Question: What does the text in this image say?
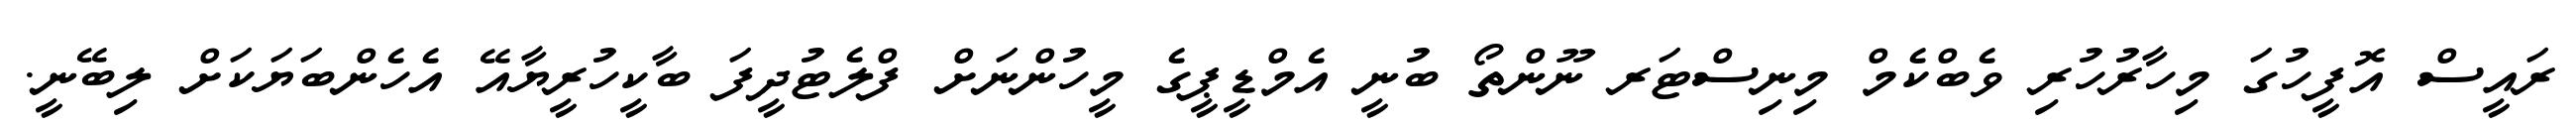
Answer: ރައީސް އޮފީހުގަ މިހާރުހުރި ވެބްކެމް މިނިސްޓަރ ނޫންތޯ ބުނީ އެމްޑީޕީގެ މީހުންނަށް ފްލެޓުދީފަ ބާކީހުރީޔާއޭ އެހެންބަޔަކަށް ލިބޭނީ.